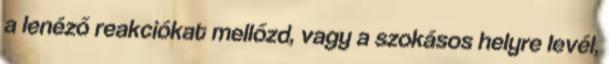
a lenéző reakciókat mellőzd, vagy a szokásos helyre levél,